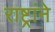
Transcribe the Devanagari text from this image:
राष्ट्रांने